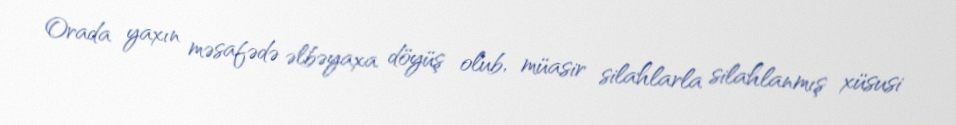
Orada yaxın məsafədə əlbəyaxa döyüş olub, müasir silahlarla silahlanmış xüsusi